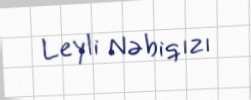
Leyli Nəbiqızı